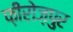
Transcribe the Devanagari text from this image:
फ़ीरोज़पुर